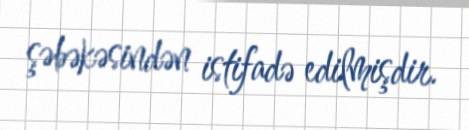
şəbəkəsindən istifadə edilmişdir.